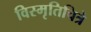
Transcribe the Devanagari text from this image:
विस्मृतिचित्रे